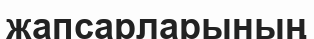
жапсарларының